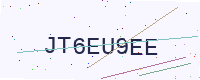
Text: JT6EU9EE